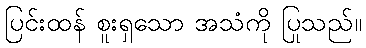
ပြင်းထန် စူးရှသော အသံကို ပြုသည်။